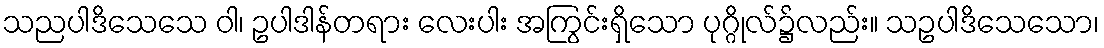
သညပါဒိသေသေ ဝါ၊ ဥပါဒါန်တရား လေးပါး အကြွင်းရှိသော ပုဂ္ဂိုလ်၌လည်း။ သဥပါဒိသေသော၊